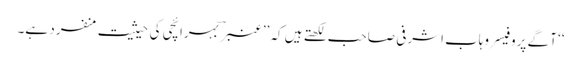
‘‘ آگے پروفیسر وہاب اشرفی صاحب لکھتے ہیں کہ ’’عنبر ؔ بہرائچی کی حیثیت منفرد ہے۔